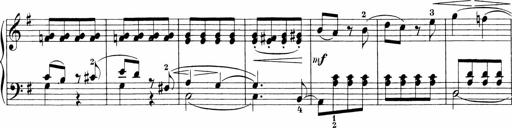
Title: Sonatinen Op.47, 98 und 136, nebst 6 Liedersonatinen
Composer: Carl Reinecke